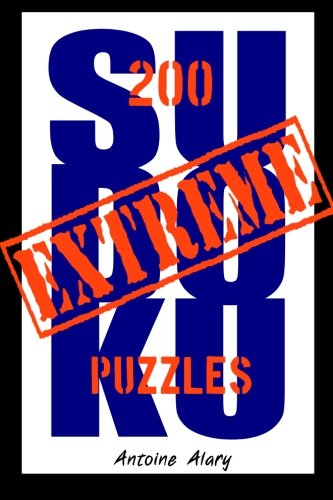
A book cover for Extreme Sudoku: A collection of 200 of the toughest Sudoku puzzles known to man. (With their solutions.); Antoine Alary; Humor & Entertainment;